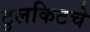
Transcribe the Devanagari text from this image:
टुलकिटचे